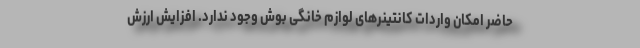
حاضر امکان واردات کانتینر‌های لوازم خانگی بوش وجود ندارد. افزایش ارزش